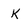
Character: k